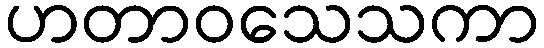
ဟတာဝသေသကာ